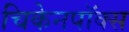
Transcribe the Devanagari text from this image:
चिकेनपॉक्स